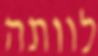
לוותה